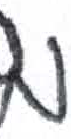
אות: מ